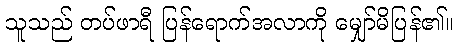
သူသည် တပ်ဖာရီ ပြန်ရောက်အလာကို မျှော်မိပြန်၏။